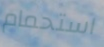
استحمام